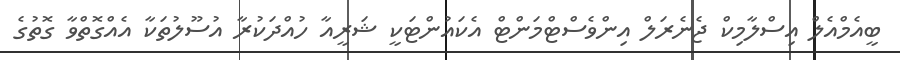
ބީއެމްއެލް އިސްލާމިކް ޖެނެރަލް އިންވެސްޓްމަންޓް އެކައުންޓަކީ ޝަރީއާ ހުއްދަކުރާ އުސޫލުތަކާ އެއްގޮތްވާ ގޮތުގެ